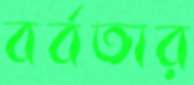
বর্বতার